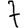
Digit: 7